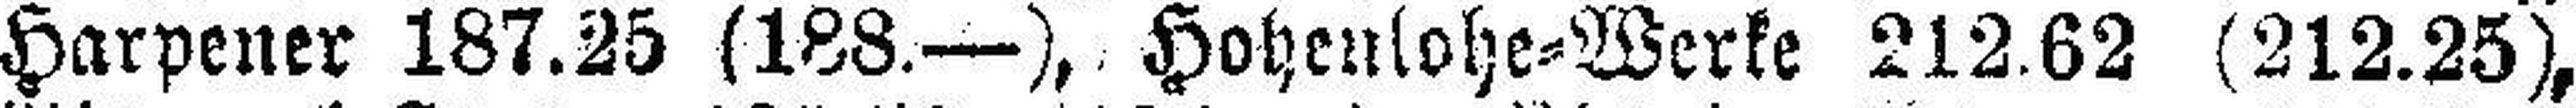
Harpener 187.25 (188.—), Hohenlohe=Werke 212.62 (212.25),